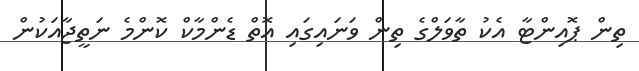
ތިން ޕޮއިންޓާ އެކު ތާވަލްގެ ތިން ވަނައިގައި އޮތް ޑެންމާކް ކޮންމެ ނަތީޖާއަކުން